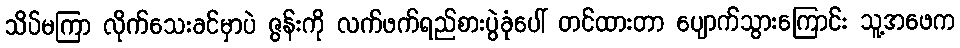
သိပ်မကြာ လိုက်သေးခင်မှာပဲ ဇွန်းကို လက်ဖက်ရည်စားပွဲခုံပေါ် တင်ထားတာ ပျောက်သွားကြောင်း သူ့အဖေက